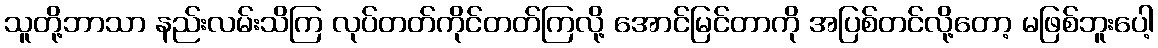
သူတို့ဘာသာ နည်းလမ်းသိကြ လုပ်တတ်ကိုင်တတ်ကြလို့ အောင်မြင်တာကို အပြစ်တင်လို့တော့ မဖြစ်ဘူးပေါ့